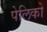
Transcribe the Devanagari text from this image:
पेलिको